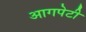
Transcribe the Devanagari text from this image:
आगपेटी